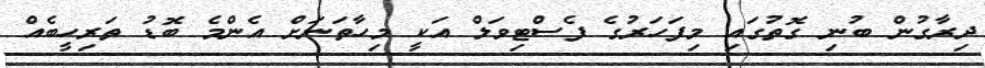
ދިރާގުން ބުނި ގޮތުގައި މިފަހަރުގެ ފެސްޓިވަލް އަކީ މިހާތަނަށް އެންމެ ބޮޑު ތަރިހީބެއް